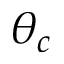
\theta _ { c }